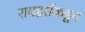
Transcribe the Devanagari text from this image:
रायडर्सकडून